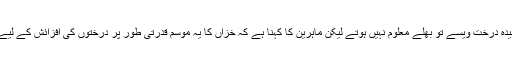
پتوں سے خالی خزاں رسیدہ درخت ویسے تو بھلے معلوم نہیں ہوتے لیکن ماہرین کا کہنا ہے کہ خزاں کا یہ موسم قدرتی طور پر درختوں کی افزائش کے لیے بہت ضروری ہوتا ہے۔